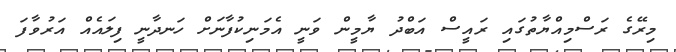
މިރޭގެ ރަސްމިއްޔާތުގައި ރައީސް އަބްދު ޔާމީން ވަނީ އެމަނިކުފާނަށް ހަނދާނީ ފިލައެއް އަރުވާފަ